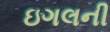
ઇગલની